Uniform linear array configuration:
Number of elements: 12
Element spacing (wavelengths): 1
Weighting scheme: cosine
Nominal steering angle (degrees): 30
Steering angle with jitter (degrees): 29.792
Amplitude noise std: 0.05
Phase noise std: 0.05

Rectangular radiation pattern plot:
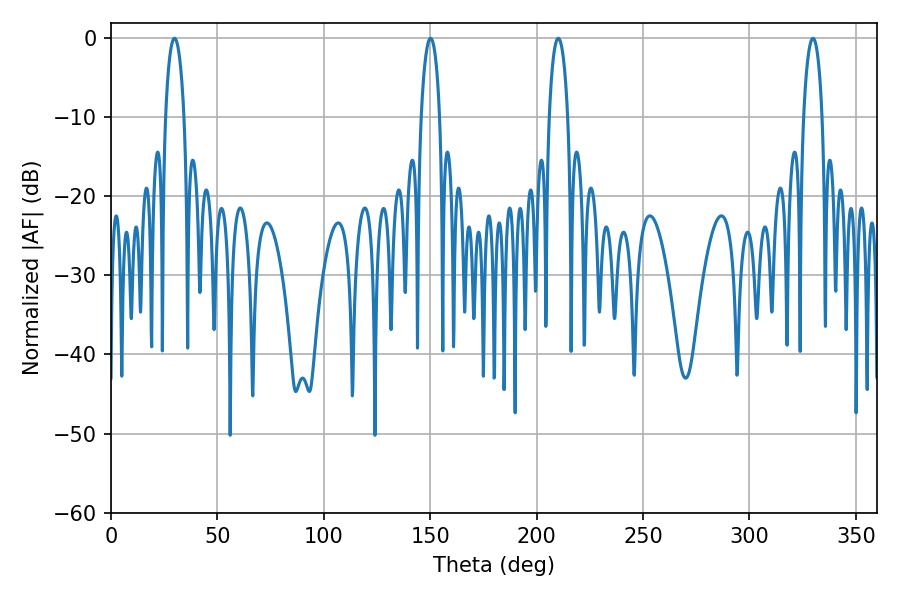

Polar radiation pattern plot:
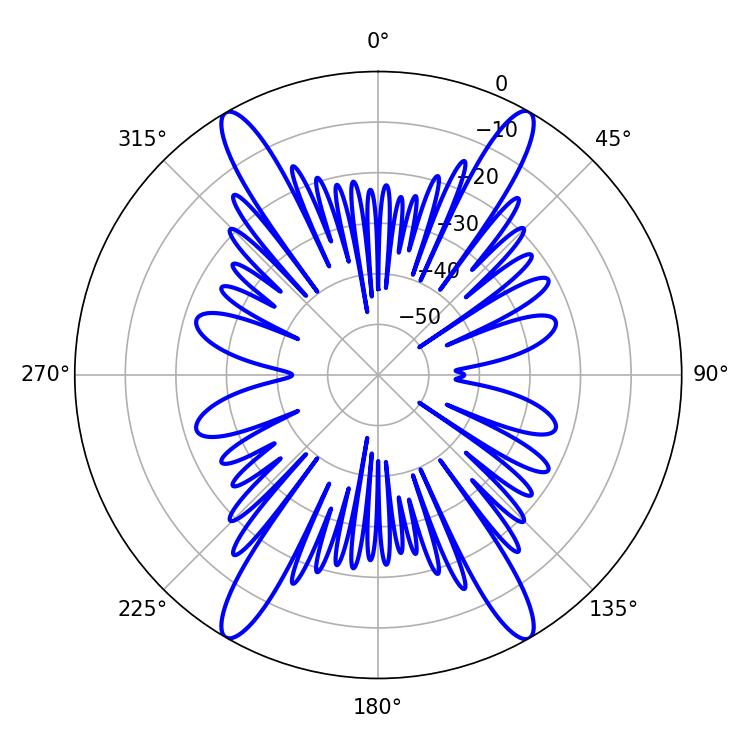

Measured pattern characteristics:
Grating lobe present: TRUE
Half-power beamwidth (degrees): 5.04
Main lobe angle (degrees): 29.88